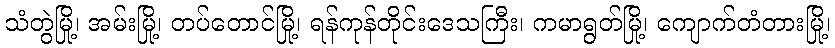
သံတွဲမြို့၊ အမ်းမြို့၊ တပ်တောင်မြို့၊ ရန်ကုန်တိုင်းဒေသကြီး၊ ကမာရွတ်မြို့၊ ကျောက်တံတားမြို့၊